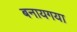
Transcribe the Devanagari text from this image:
बनायगया